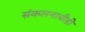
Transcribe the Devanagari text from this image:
संकलनाचीही